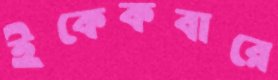
ইকেকবারে